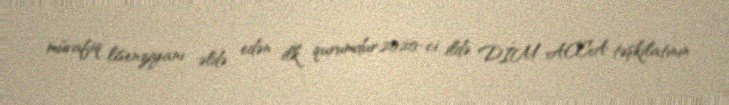
müvafiq lisenziyanı əldə edən ilk qurumdur.2020-ci ildə DİM ACCA təşkilatının